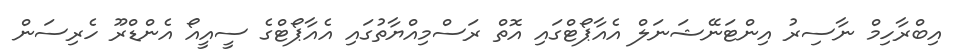
އިބްރާހިމް ނާސިރު އިންޓަނޭޝަނަލް އެއާޕޯޓްގައި އޮތް ރަސްމިއްޔާތުގައި އެއާޕޯޓްގެ ސީއީއޯ އެންޑްރޫ ހެރިސަން